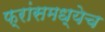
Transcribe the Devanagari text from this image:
फ्रांसमध्येच